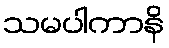
သမပါကာနိ